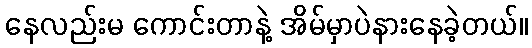
နေလည်းမ ကောင်းတာနဲ့ အိမ်မှာပဲနားနေခဲ့တယ်။